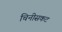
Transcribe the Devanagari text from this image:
चिनीसकट